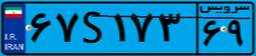
۸۸S۲۷۶۶۷